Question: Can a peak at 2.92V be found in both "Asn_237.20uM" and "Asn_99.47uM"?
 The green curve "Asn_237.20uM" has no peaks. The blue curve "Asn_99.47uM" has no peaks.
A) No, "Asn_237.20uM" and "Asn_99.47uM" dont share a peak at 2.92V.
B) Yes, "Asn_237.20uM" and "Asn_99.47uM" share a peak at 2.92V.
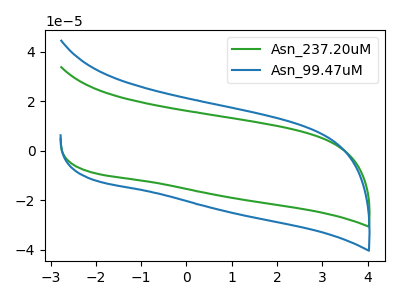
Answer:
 <answer>A) No, "Asn_237.20uM" and "Asn_99.47uM" dont share a peak at 2.92V.</answer>
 <eval>A</eval>